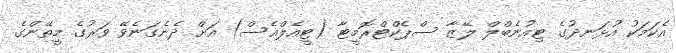
އެކަމަކު އުޅަނދުގެ ޓިއުނެބްލް ލޭޒާ ސްޕެކްޓްރޮމީޓާ (ޓީއެލްއެސް) އަށް ދެނެގަނެވޭ ވަރުގެ މީތޭންގެ